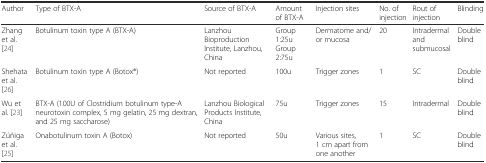
<table><thead><tr><td><b>Author</b></td><td><b>Type of BTX-A</b></td><td><b>Source of BTX-A</b></td><td><b>Amount of BTX-A</b></td><td><b>Injection sites</b></td><td><b>No. of injection</b></td><td><b>Rout of injection</b></td><td><b>Blinding</b></td></tr></thead><tbody><tr><td>Zhang et al. [24]</td><td>Botulinum toxin type A (BTX-A)</td><td>Lanzhou Bioproduction Institute, Lanzhou, China</td><td>Group 1:25u Group 2:75u</td><td>Dermatome and/or mucosa</td><td>20</td><td>Intradermal and submucosal</td><td>Double blind</td></tr><tr><td>Shehata et al. [26]</td><td>Botulinum toxin type A (Botox®)</td><td>Not reported</td><td>100u</td><td>Trigger zones</td><td>1</td><td>SC</td><td>Double blind</td></tr><tr><td>Wu et al. [23]</td><td>BTX-A (100U of Clostridium botulinum type-A neurotoxin complex, 5 mg gelatin, 25 mg dextran, and 25 mg saccharose)</td><td>Lanzhou Biological Products Institute, China</td><td>75u</td><td>Trigger zones</td><td>15</td><td>Intradermal</td><td>Double blind</td></tr><tr><td>Zúñiga et al. [25]</td><td>Onabotulinum toxin A (Botox)</td><td>Not reported</td><td>50u</td><td>Various sites, 1 cm apart from one another</td><td>1</td><td>SC</td><td>Double blind</td></tr></tbody></table>